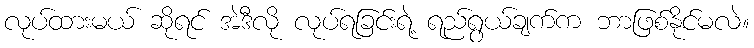
လုပ်ထားမယ် ဆိုရင် အဲဒီလို လုပ်ရခြင်းရဲ့ ရည်ရွယ်ချက်က ဘာဖြစ်နိုင်မလဲ။